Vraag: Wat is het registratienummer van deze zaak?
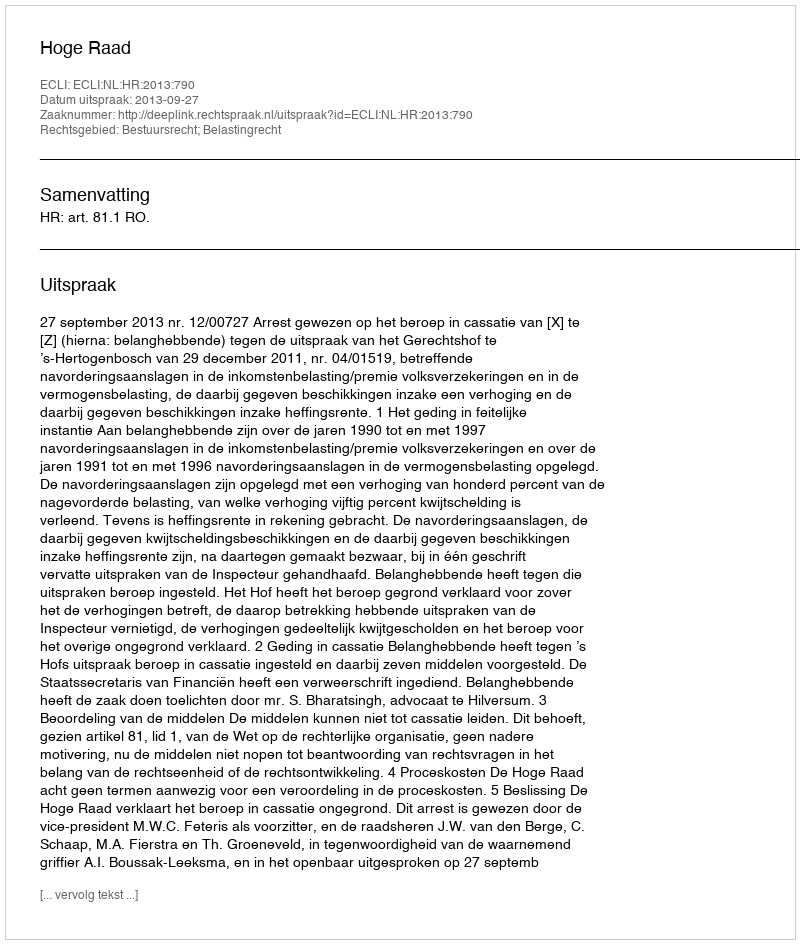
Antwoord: http://deeplink.rechtspraak.nl/uitspraak?id=ECLI:NL:HR:2013:790